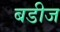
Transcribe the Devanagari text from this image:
बडीज